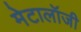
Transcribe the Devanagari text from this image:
मेटालॉजी